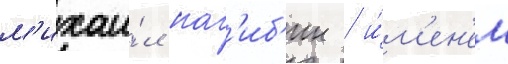
м'ихаи́л наг'иб'ин / и́м'ен'ем